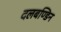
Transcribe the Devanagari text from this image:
दलबण्डिन